Civil Veterinary Department. Central Provinces & Berar 1932-41 - 1932-1941
Year: 1932
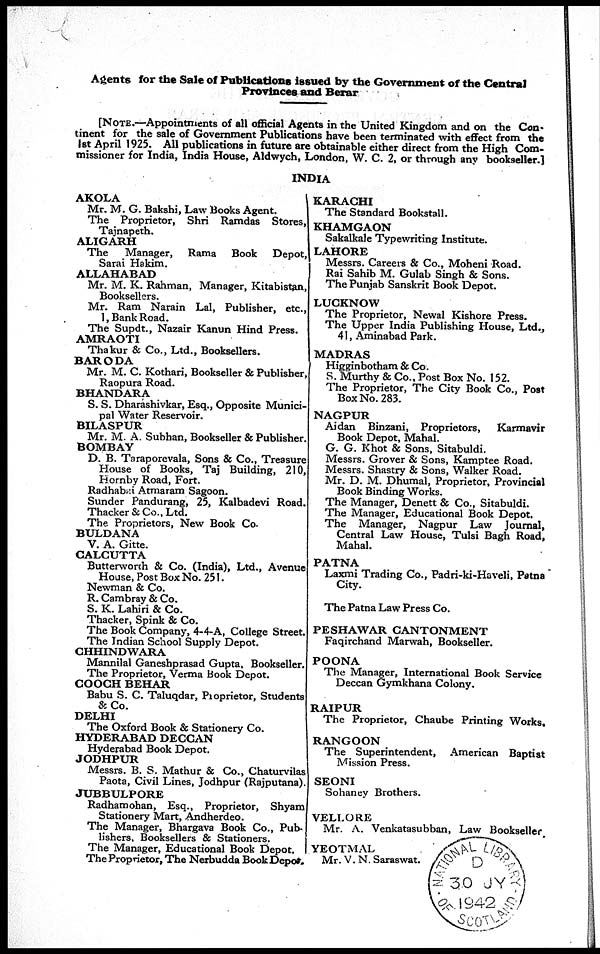
Agents for the Sale of Publications issued by the Government of the Central
Provinces and Berar
[NOTE.—Appointments of all official Agents in the United Kingdom and on the Con-
tinent for the sale of Government Publications have been terminated with effect from the
1st April 1925. All publications in future are obtainable either direct from the High Com-
missioner for India, India House, Aldwych, London, W. C. 2, or through any bookseller.]
INDIA
AKOLA
Mr. M. G. Bakshi, Law Books Agent.
The Proprietor, Shri Ramdas Stores,
Tajnapeth.
ALIGARH
The
Manager,
Rama
Book
Depot,
Sarai Hakim.
ALLAHABAD
Mr. M. K. Rahman, Manager, Kitabistan,
Booksellers.
Mr. Ram Narain Lal, Publisher, etc.,
1, Bank Road.
The Supdt., Nazair Kanun Hind Press.
AMRAOTI
Thakur & Co., Ltd., Booksellers.
BARODA
Mr. M. C. Kothari, Bookseller & Publisher,
Raopura Road.
BHANDARA
S. S. Dharashivkar, Esq., Opposite Munici-
pal Water Reservoir.
BILASPUR
Mr. M. A. Subhan, Bookseller & Publisher.
BOMBAY
D. B. Taraporevala, Sons & Co., Treasure
House of Books, Taj Building, 210,
Hornby Road, Fort.
Radhabai Atmaram Sagoon.
Sunder Pandurang, 25, Kalbadevi Road
Thacker & Co., Ltd.
The Proprietors, New Book Co.
BULDANA
V. A. Gitte.
CALCUTTA
Butterworth & Co. (India), Ltd., Avenue
House, Post Box No. 251.
Newman & Co.
R. Cambray & Co.
S. K. Lahiri & Co.
Thacker, Spink & Co.
The Book Company, 4-4-A, College Street.
The Indian School Supply Depot.
CHHINDWARA
Mannilal Ganeshprasad Gupta, Bookseller,
The Proprietor, Verma Book Depot.
COOCH BEHAR
Babu S. C. Taluqdar, Proprietor , Students
& Co.
DELHI
The Oxford Book & Stationery Co.
HYDERABAD DECCAN
Hyderabad Book Depot.
JODHPUR
Messrs. B. S. Mathur & Co., Chaturvilas
Paota, Civil Lines, Jodhpur (Rajputana).
JUBBULPORE
Radhamohan, Esq., Proprietor, Shyam
Stationery Mart, Andherdeo.
The Manager, Bhargava Book Co., Pub-
lishers, Booksellers & Stationers.
The Manager, Educational Book Depot.
The Proprietor, The Nerbudda Book Depot.
KARACHI
The Standard Bookstall.
KHAMGAON
Sakalkale Typewriting Institute.
LAHORE
Messrs. Careers & Co., Moheni Road.
Rai Sahib M. Gulab Singh & Sons.
The Punjab Sanskrit Book Depot.
LUCKNOW
The Proprietor, Newal Kishore Press.
The Upper India Publishing House, Ltd.,
41, Aminabad Park.
MADRAS
Higginbotham & Co.
S. Murthy & Co., Post Box No. 152.
The Proprietor, The City Book Co., Post
Box No. 283.
NAGPUR
Aidan Binzani, Proprietors,
Karmavir
Book Depot, Mahal.
G. G. Khot & Sons, Sitabuldi.
Messrs. Grover & Sons, Kamptee Road.
Messrs. Shastry & Sons, Walker Road.
Mr. D. M. Dhumal, Proprietor, Provincial
Book Binding Works.
The Manager, Denett & Co., Sitabuldi.
The Manager, Educational Book Depot.
The Manager, Nagpur Law Journal,
Central Law House, Tulsi Bagh Road,
Mahal.
PATNA
Laxmi Trading Co., Padri-ki-Haveli, Patna
City.
The Patna Law Press Co.
PESHAWAR CANTONMENT
Faqirchand Marwah, Bookseller.
POONA
The Manager, International Book Service
Deccan Gymkhana Colony.
RAIPUR
The Proprietor, Chaube Printing Works.
RANGOON
The Superintendent, American Baptist
Mission Press.
SEONI
Sohaney Brothers.
VELLORE
Mr. A. Venkatasubban, Law Bookseller.
YEOTMAL
Mr. V.N. Saraswat.